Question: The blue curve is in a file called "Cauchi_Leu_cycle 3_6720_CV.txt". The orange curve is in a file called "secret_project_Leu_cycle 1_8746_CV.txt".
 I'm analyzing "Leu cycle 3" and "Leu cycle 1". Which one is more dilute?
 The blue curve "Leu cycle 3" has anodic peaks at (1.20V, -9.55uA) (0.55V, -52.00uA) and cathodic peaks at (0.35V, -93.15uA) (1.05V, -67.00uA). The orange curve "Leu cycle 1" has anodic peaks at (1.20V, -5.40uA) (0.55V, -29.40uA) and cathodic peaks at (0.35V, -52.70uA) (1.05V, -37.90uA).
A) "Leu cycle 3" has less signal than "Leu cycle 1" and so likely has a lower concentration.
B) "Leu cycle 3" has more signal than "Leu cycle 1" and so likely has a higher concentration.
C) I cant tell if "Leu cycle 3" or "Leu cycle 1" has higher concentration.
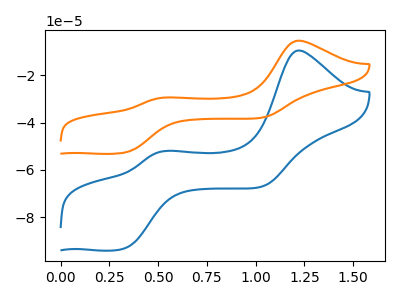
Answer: <think>All the peaks in "Leu cycle 3" have a peak in "Leu cycle 1" at the same potential.
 </think>
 <answer>C) I cant tell if "Leu cycle 3" or "Leu cycle 1" has higher concentration.</answer>
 <eval>C</eval>